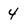
Character: 4